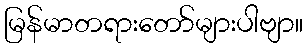
မြန်မာတရားတော်များပါဗျာ။